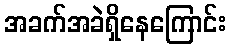
အခက်အခဲရှိနေကြောင်း